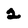
Character: 2